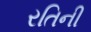
રતિની